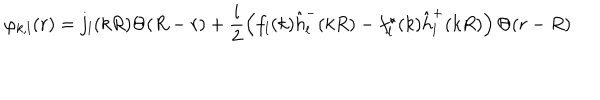
\varphi _ { k , l } ( r ) = j _ { l } ( k R ) \Theta ( R - r ) + \frac i 2 \left( f _ { l } ( k ) \hat { h } _ { l } ^ { - } ( k R ) - f _ { l } ^ { \star } ( k ) \hat { h } _ { l } ^ { + } ( k R ) \right) \Theta ( r - R )